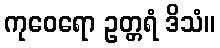
ကုဝေရော ဥတ္တရံ ဒိသံ။